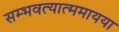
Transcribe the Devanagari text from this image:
सम्भवत्यात्ममायया